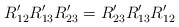
\begin{align*}R'_{12}R'_{13}R'_{23}=R'_{23}R'_{13}R'_{12}\end{align*}